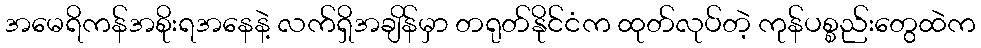
အမေရိကန်အစိုးရအနေနဲ့ လက်ရှိအချိန်မှာ တရုတ်နိုင်ငံက ထုတ်လုပ်တဲ့ ကုန်ပစ္စည်းတွေထဲက